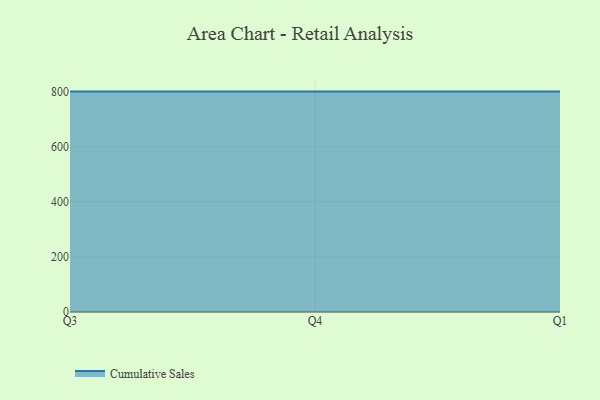
{"axis": {"x": "Quarter", "y": "Customer Acquisition Cost (USD)"}, "legend": ["Cumulative Sales"], "data": [{"x": "Q3", "y": 800, "type": "Cumulative Sales"}, {"x": "Q4", "y": 800, "type": "Cumulative Sales"}, {"x": "Q1", "y": 800, "type": "Cumulative Sales"}]}